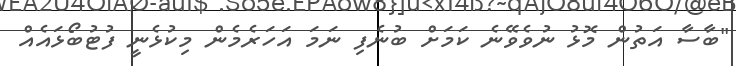
"ބާސާ އަތުން މޮޅު ނުވެވޭނެ ކަމަށް ބުނެފި ނަމަ އަހަރެމެން މިކުޅެނީ ފުޓުބޯޅައެއް